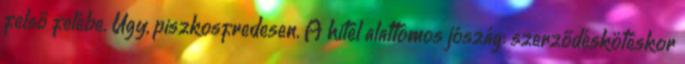
felső felébe. Úgy, piszkosfredesen. A hitel alattomos jószág: szerződéskötéskor